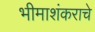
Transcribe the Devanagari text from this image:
भीमाशंकराचे